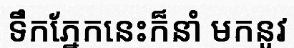
ទឹកភ្នែកនេះក៏នាំ មកនូវ